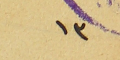
١٣